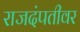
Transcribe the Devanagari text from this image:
राजदंपतीवर